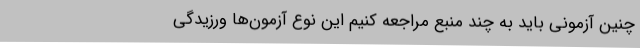
چنین آزمونی باید به چند منبع مراجعه کنیم این نوع آزمون‌ها ورزیدگی